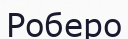
Роберо